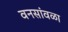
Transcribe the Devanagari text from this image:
वनसांवळा